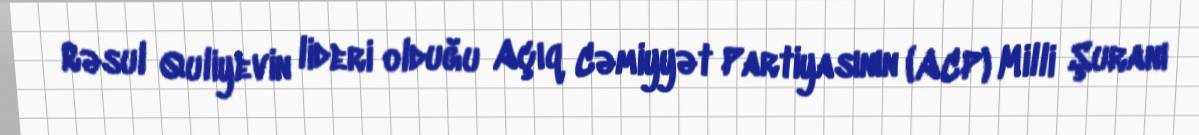
Rəsul Quliyevin lideri olduğu Açıq Cəmiyyət Partiyasının (ACP) Milli Şuranı